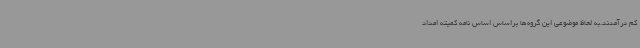
کم درآمدند.به لحاظ موضوعی این گروه‌ها براساس اساس نامه کمیته امداد